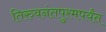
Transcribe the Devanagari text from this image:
तिरुवनंतपुरमपर्यंत